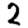
Digit: 2